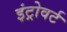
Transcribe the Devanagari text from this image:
इंट्रोवर्ट